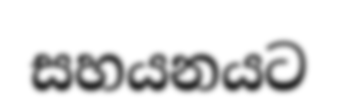
සහයනයට